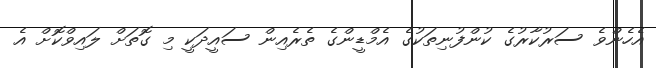
އެހެންވެ ސަރުކާރުގެ ކުންފުނިތަކުގެ އެމްޑީންގެ ތެރެއިން ސައީދަކީ މި ގޮތަށް ލައިވްކޮށް އެ